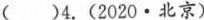
( )4.(2020·北京)